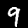
Digit: 9